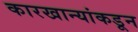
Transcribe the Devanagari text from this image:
कारखान्यांकडून